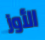
الأوز